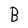
Character: B